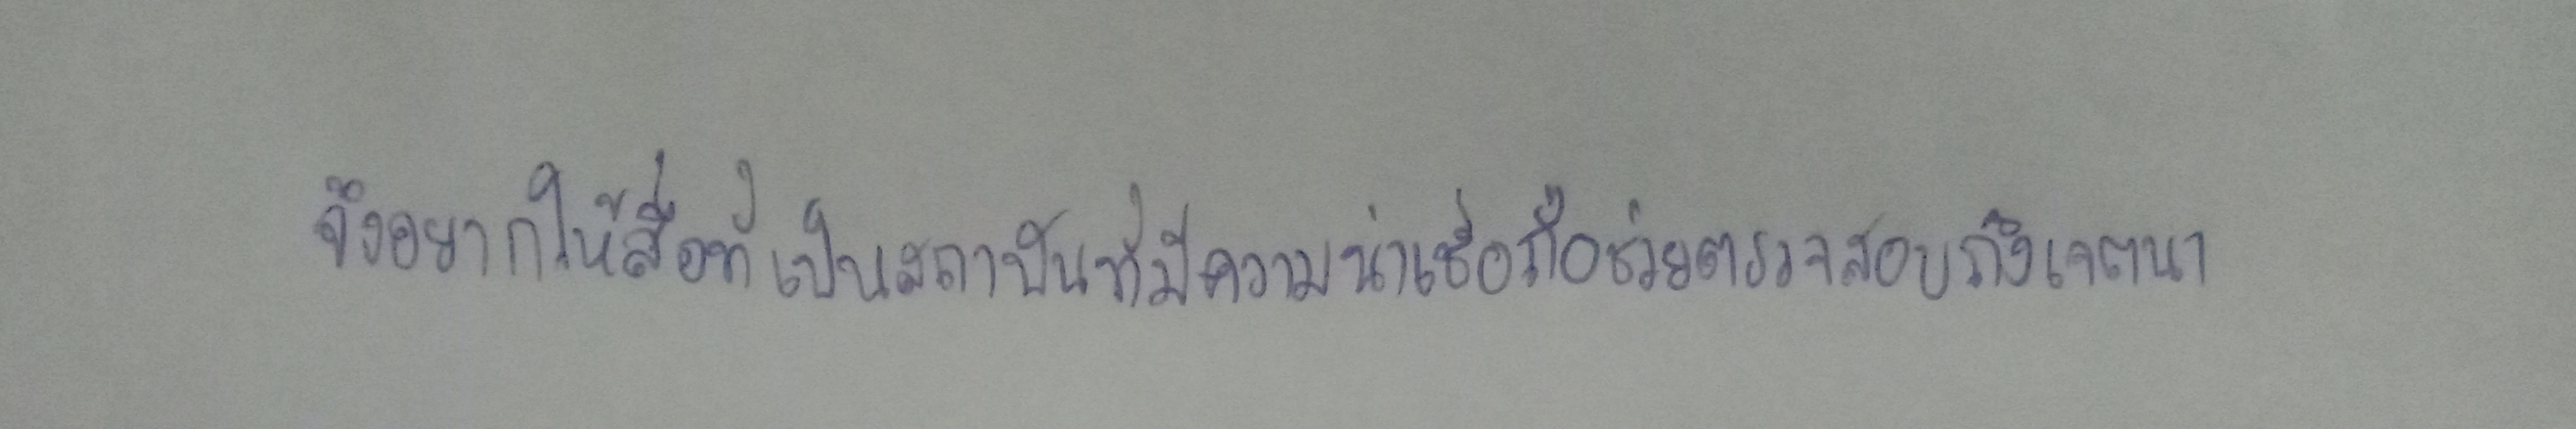
จึงอยากให้สื่อที่เป็นสถาบันที่มีความน่าเชื่อถือช่วยตรวจสอบถึงเจตนา